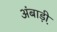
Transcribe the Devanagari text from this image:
अंबाड़ी़